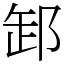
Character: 䣃